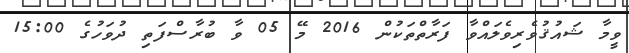
ވީމާ ޝައުޤުވެރިވެލައްވާ ފަރާތްތަކުން 2016 މޭ 05 ވާ ބުރާސްފަތި ދުވަހުގެ 15:00